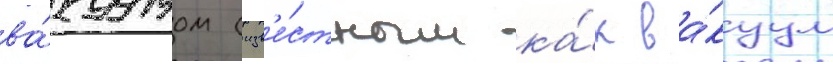
ва́куумом (изв'е́стным ка́к ва́куум